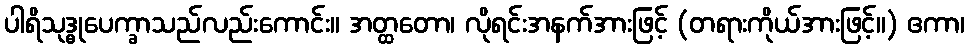
ပါရိသုဒ္ဓုပေက္ခာသည်လည်းကောင်း။ အတ္ထတော၊ လိုရင်းအနက်အားဖြင့် (တရားကိုယ်အားဖြင့်။) ဧကာ၊